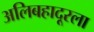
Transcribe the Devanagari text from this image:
अलिबहादूरला